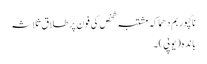
ناگپور بم دھماکہ مشتبہ شخص کی فون پر طلاق ثلاثہ
باندہ (یوپی) ۔